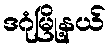
ဒဂုံမြို့နယ်